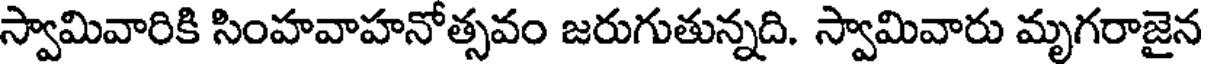
స్వామివారికి సింహవాహనోత్సవం జరుగుతున్నది. స్వామివారు మృగరాజైన